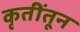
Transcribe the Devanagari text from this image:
कृतींतून